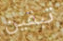
تبقين